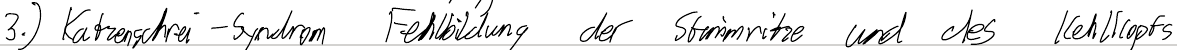
3.) Katzenschrei-Syndrom Fehlbildung der Stimmritze und des Kehlkopfs